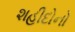
શહીદોનો